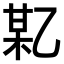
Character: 𫡪